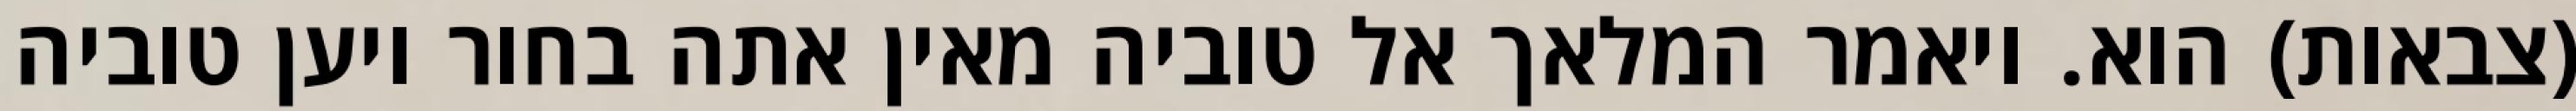
(צבאות) הוא. ויאמר המלאך אל טוביה מאין אתה בחור ויען טוביה